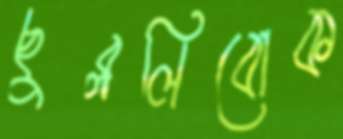
ছুব্‌ললিবোক